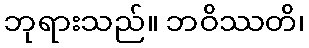
ဘုရားသည်။ ဘဝိဿတိ၊